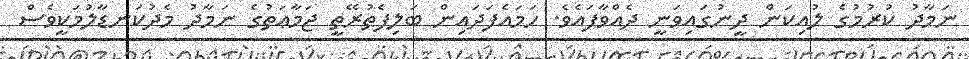
ނަމާދު ކުރުމުގެ ލުއިކަން ދީނުގައިވަނީ ދެއްވާފައެވެ. ހަމައެފަދައިން ބަލިފެތުރޭތީ ޖަމާޢަތުގެ ނަމާދު މެދުކަނޑާލުމަކީވެސް